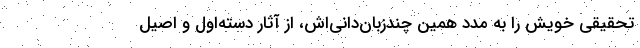
تحقیقی خویش را به مددِ همین چندزبان‌دانی‌اش، از آثار دسته‌اول و اصیلِ